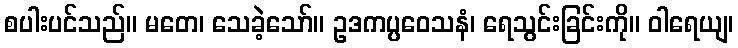
စပါးပင်သည်။ မတေ၊ သေခဲ့သော်။ ဥဒကပ္ပဝေသနံ၊ ရေသွင်းခြင်းကို။ ဝါရေယျ၊